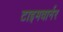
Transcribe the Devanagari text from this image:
टाइमवार्नर